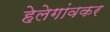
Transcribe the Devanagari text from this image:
हेलेगांवकर